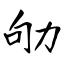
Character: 劬